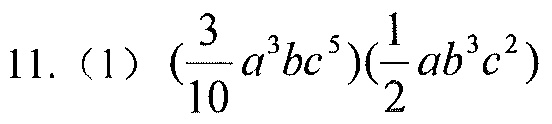
11.（1）\((\frac{3}{10}a^{3}bc^{5})(\frac{1}{2}ab^{3}c^{2})\)